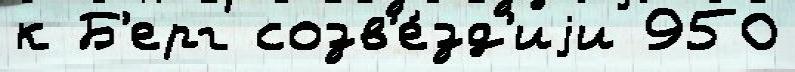
к Б'ерг созв'е́зд'иjи 950